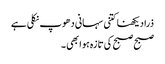
ذرا دیکھنا کتنی سہانی دھوپ نکلی ہے
صبح صبح کی تازہ ہوا بھی ۔